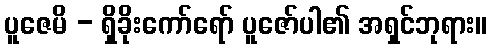
ပူဇေမိ - ရှိခိုးကော်ရော် ပူဇော်ပါ၏ အရှင်ဘုရား။